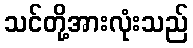
သင်တို့အားလုံးသည်